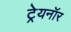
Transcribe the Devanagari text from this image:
ट्रेयनॉर